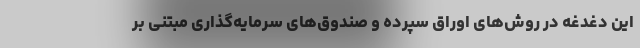
این دغدغه در روش‌های اوراق سپرده و صندوق‌های سرمایه‌گذاری مبتنی بر